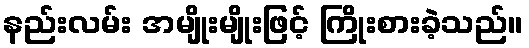
နည်းလမ်း အမျိုးမျိုးဖြင့် ကြိုးစားခဲ့သည်။